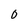
Character: O